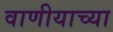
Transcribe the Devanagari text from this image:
वाणीयाच्या